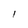
Character: l